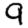
Digit: 9